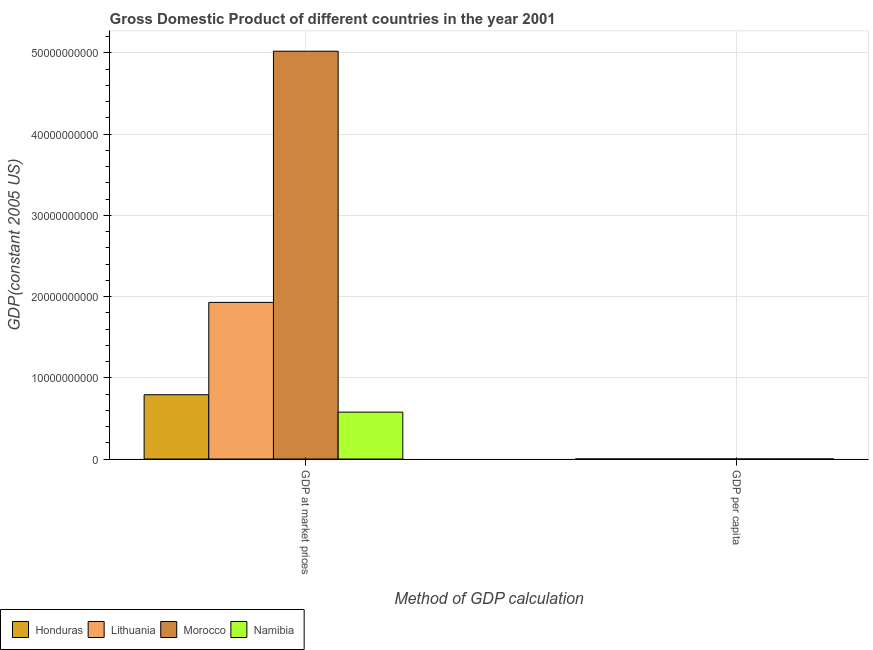
| Method of GDP calculation | Honduras | Lithuania | Morocco | Namibia |
 | --- | --- | --- | --- | --- |
 | GDP at market prices | 7.91e+09 | 1.93e+10 | 5.02e+10 | 5.78e+09 |
 | GDP per capita | 1.24e+03 | 5.56e+03 | 1.7e+03 | 2.99e+03 |